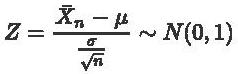
\[
Z = \frac{\bar{X}_n - \mu}{\frac{\sigma}{\sqrt{n}}} \sim N(0,1)
\]